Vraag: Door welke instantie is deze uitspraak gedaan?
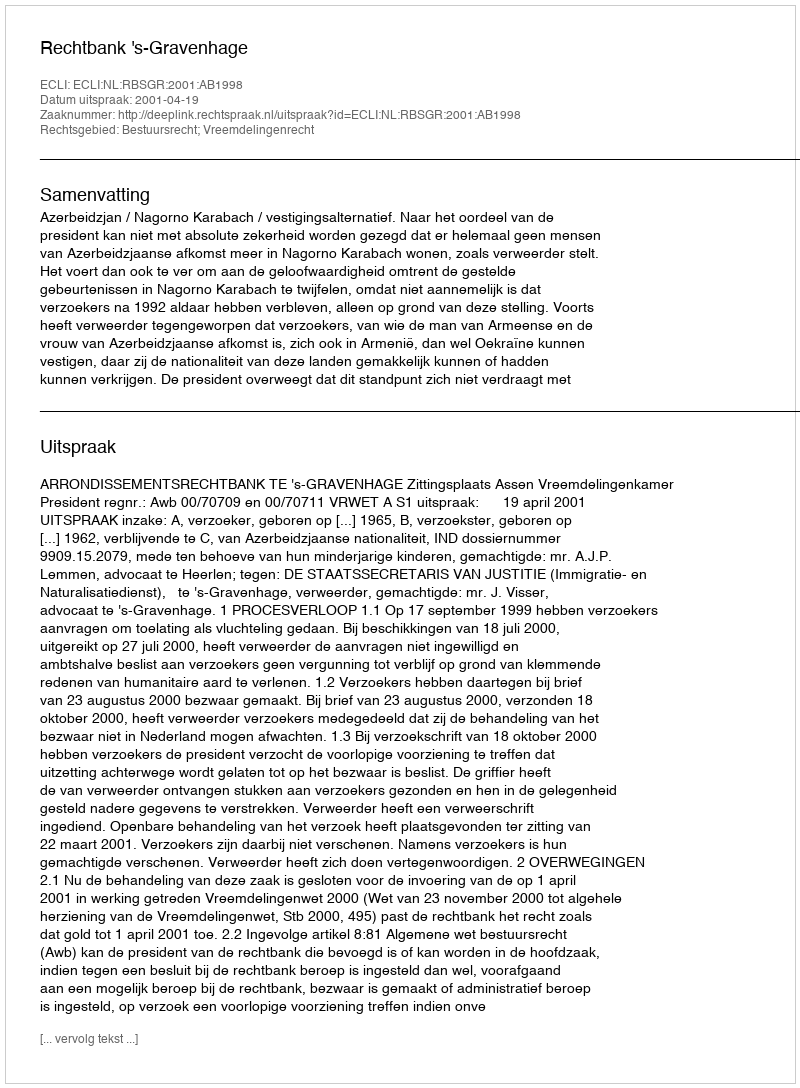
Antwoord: Rechtbank 's-Gravenhage